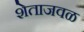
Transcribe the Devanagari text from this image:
शेताजवळ